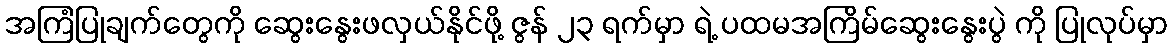
အကြံပြုချက်တွေကို ဆွေးနွေးဖလှယ်နိုင်ဖို့ ဇွန် ၂၃ ရက်မှာ ရဲ့ ပထမအကြိမ်ဆွေးနွေးပွဲ ကို ပြုလုပ်မှာ